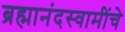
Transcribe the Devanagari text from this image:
ब्रह्मानंदस्वामींचे